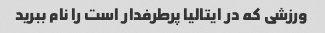
ورزشی که در ایتالیا پرطرفدار است را نام ببرید